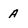
Character: A